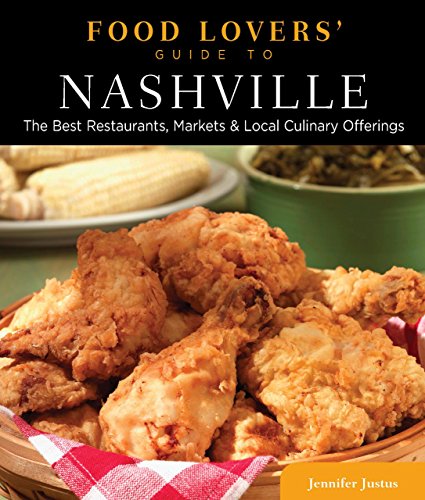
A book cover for Food Lovers' Guide toÂ® Nashville: The Best Restaurants, Markets & Local Culinary Offerings (Food Lovers' Series); Jennifer Justus; Travel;